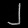
Digit: ၂